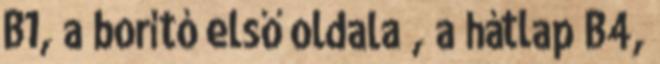
B1, a borító első oldala , a hátlap B4,